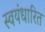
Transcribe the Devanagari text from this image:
स्वयंधारित